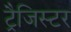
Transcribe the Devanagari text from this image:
ट्रैजिस्टर